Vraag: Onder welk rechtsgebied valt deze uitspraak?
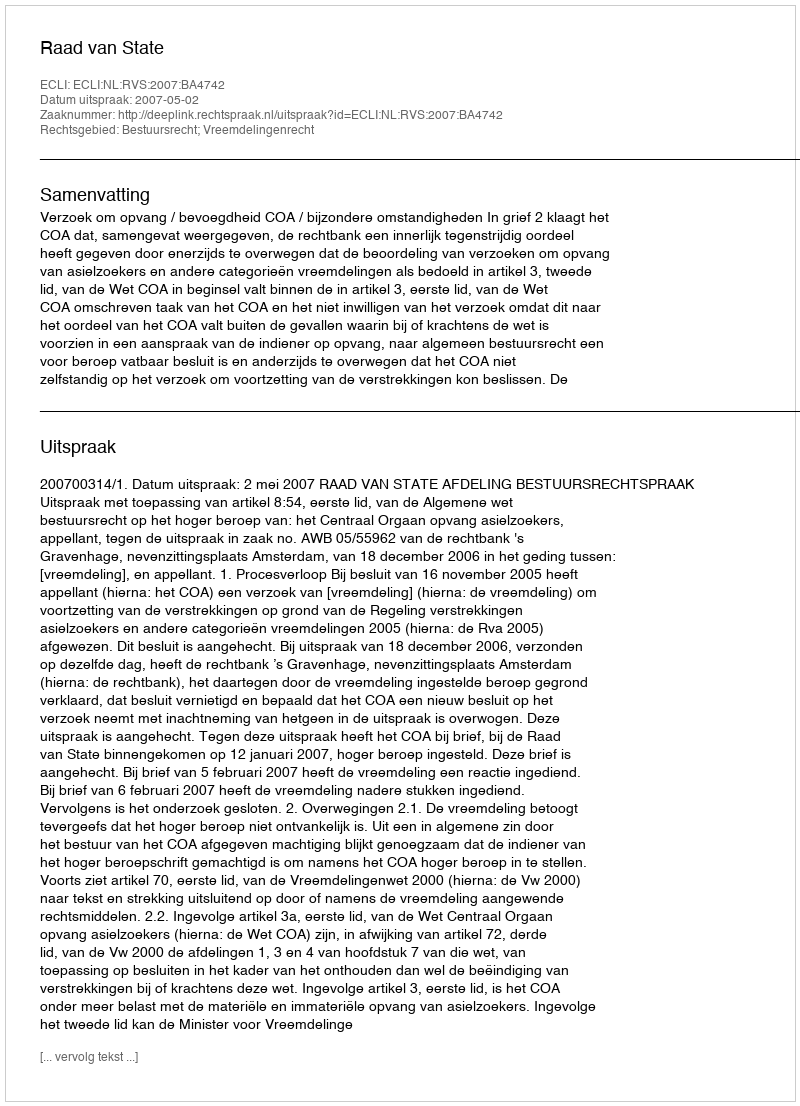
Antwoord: Bestuursrecht; Vreemdelingenrecht